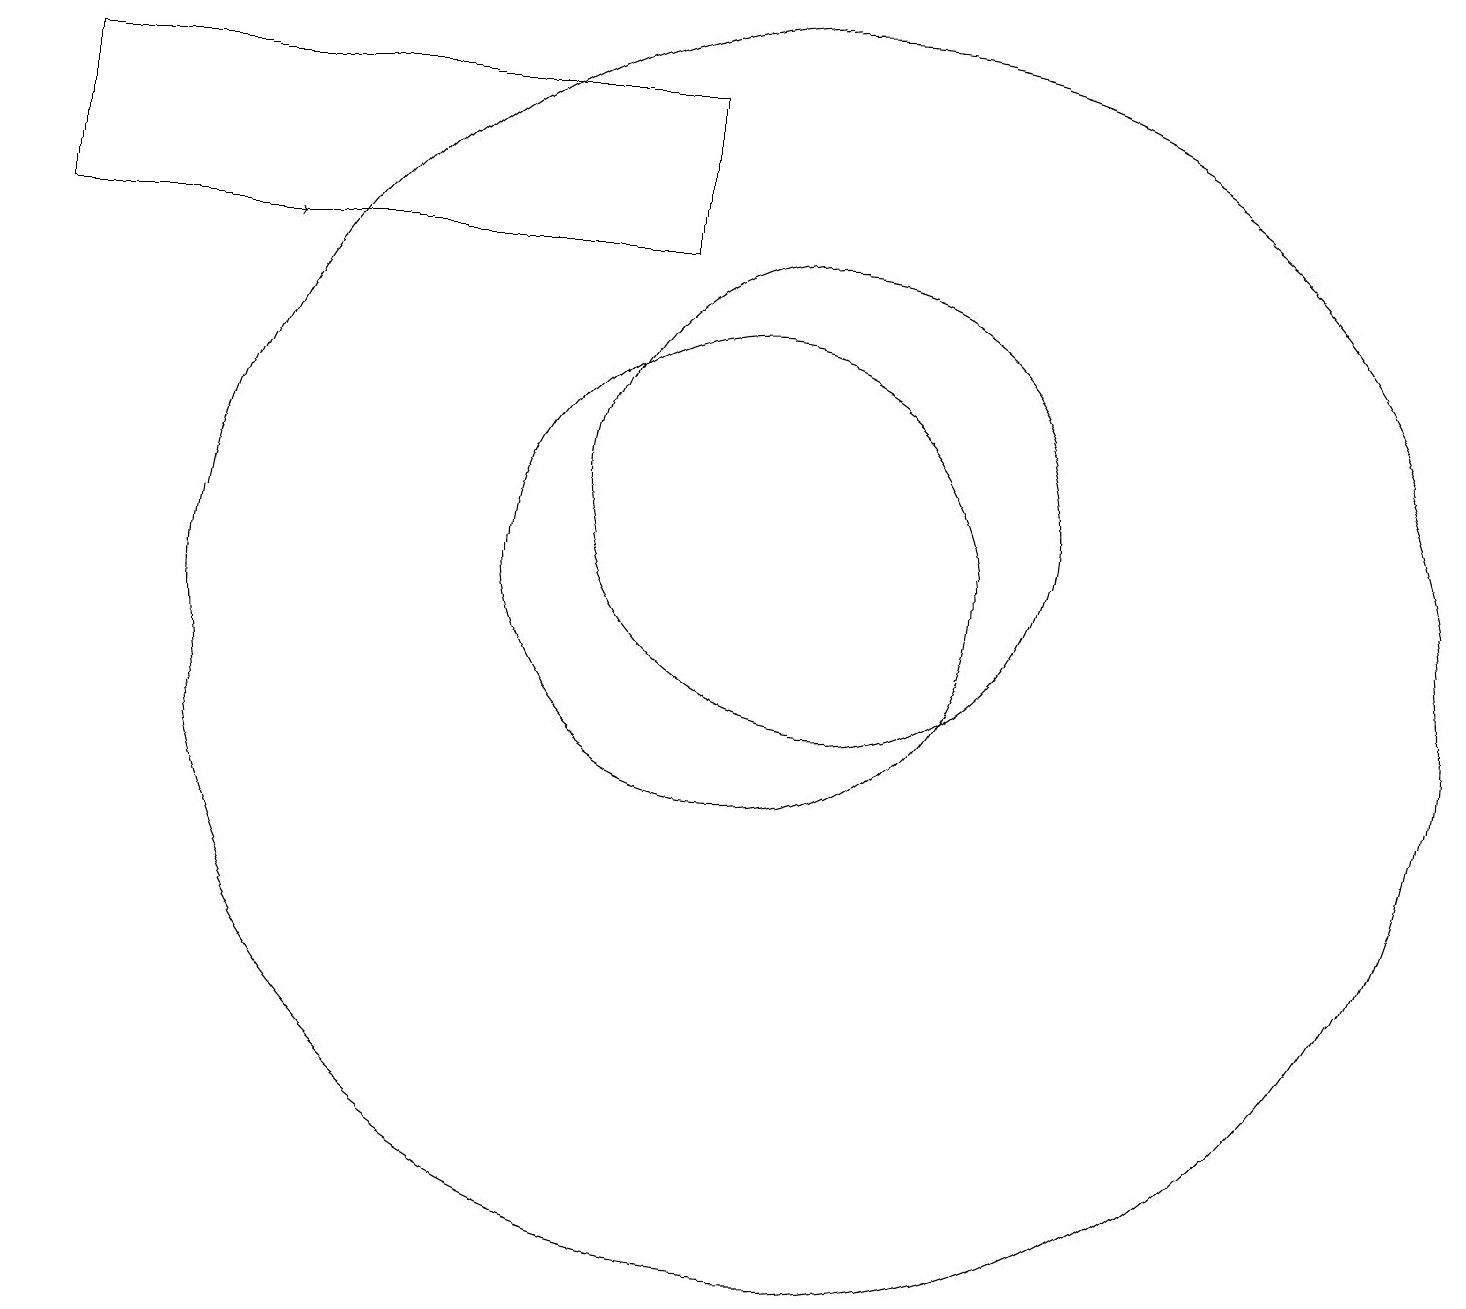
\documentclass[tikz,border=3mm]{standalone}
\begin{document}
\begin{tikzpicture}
\draw (1,15) rectangle (9,17);
\draw (11,12) circle (3);
\draw (11,10) circle (8);
\draw[->] (3,15) -- (4,15);
\draw (10,11) circle (3);
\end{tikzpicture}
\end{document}